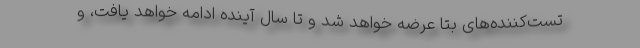
تست‌کننده‌های بتا عرضه خواهد شد و تا سال آینده ادامه خواهد یافت، و